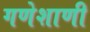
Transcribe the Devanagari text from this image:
गणेशाणी